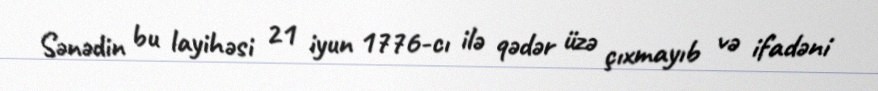
Sənədin bu layihəsi 21 iyun 1776-cı ilə qədər üzə çıxmayıb və ifadəni